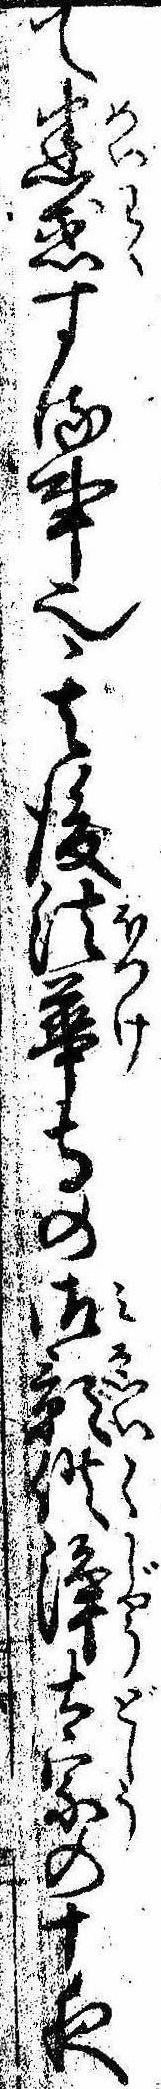
て迷惑する事也其後法華寺の御影供浄土宗の十夜